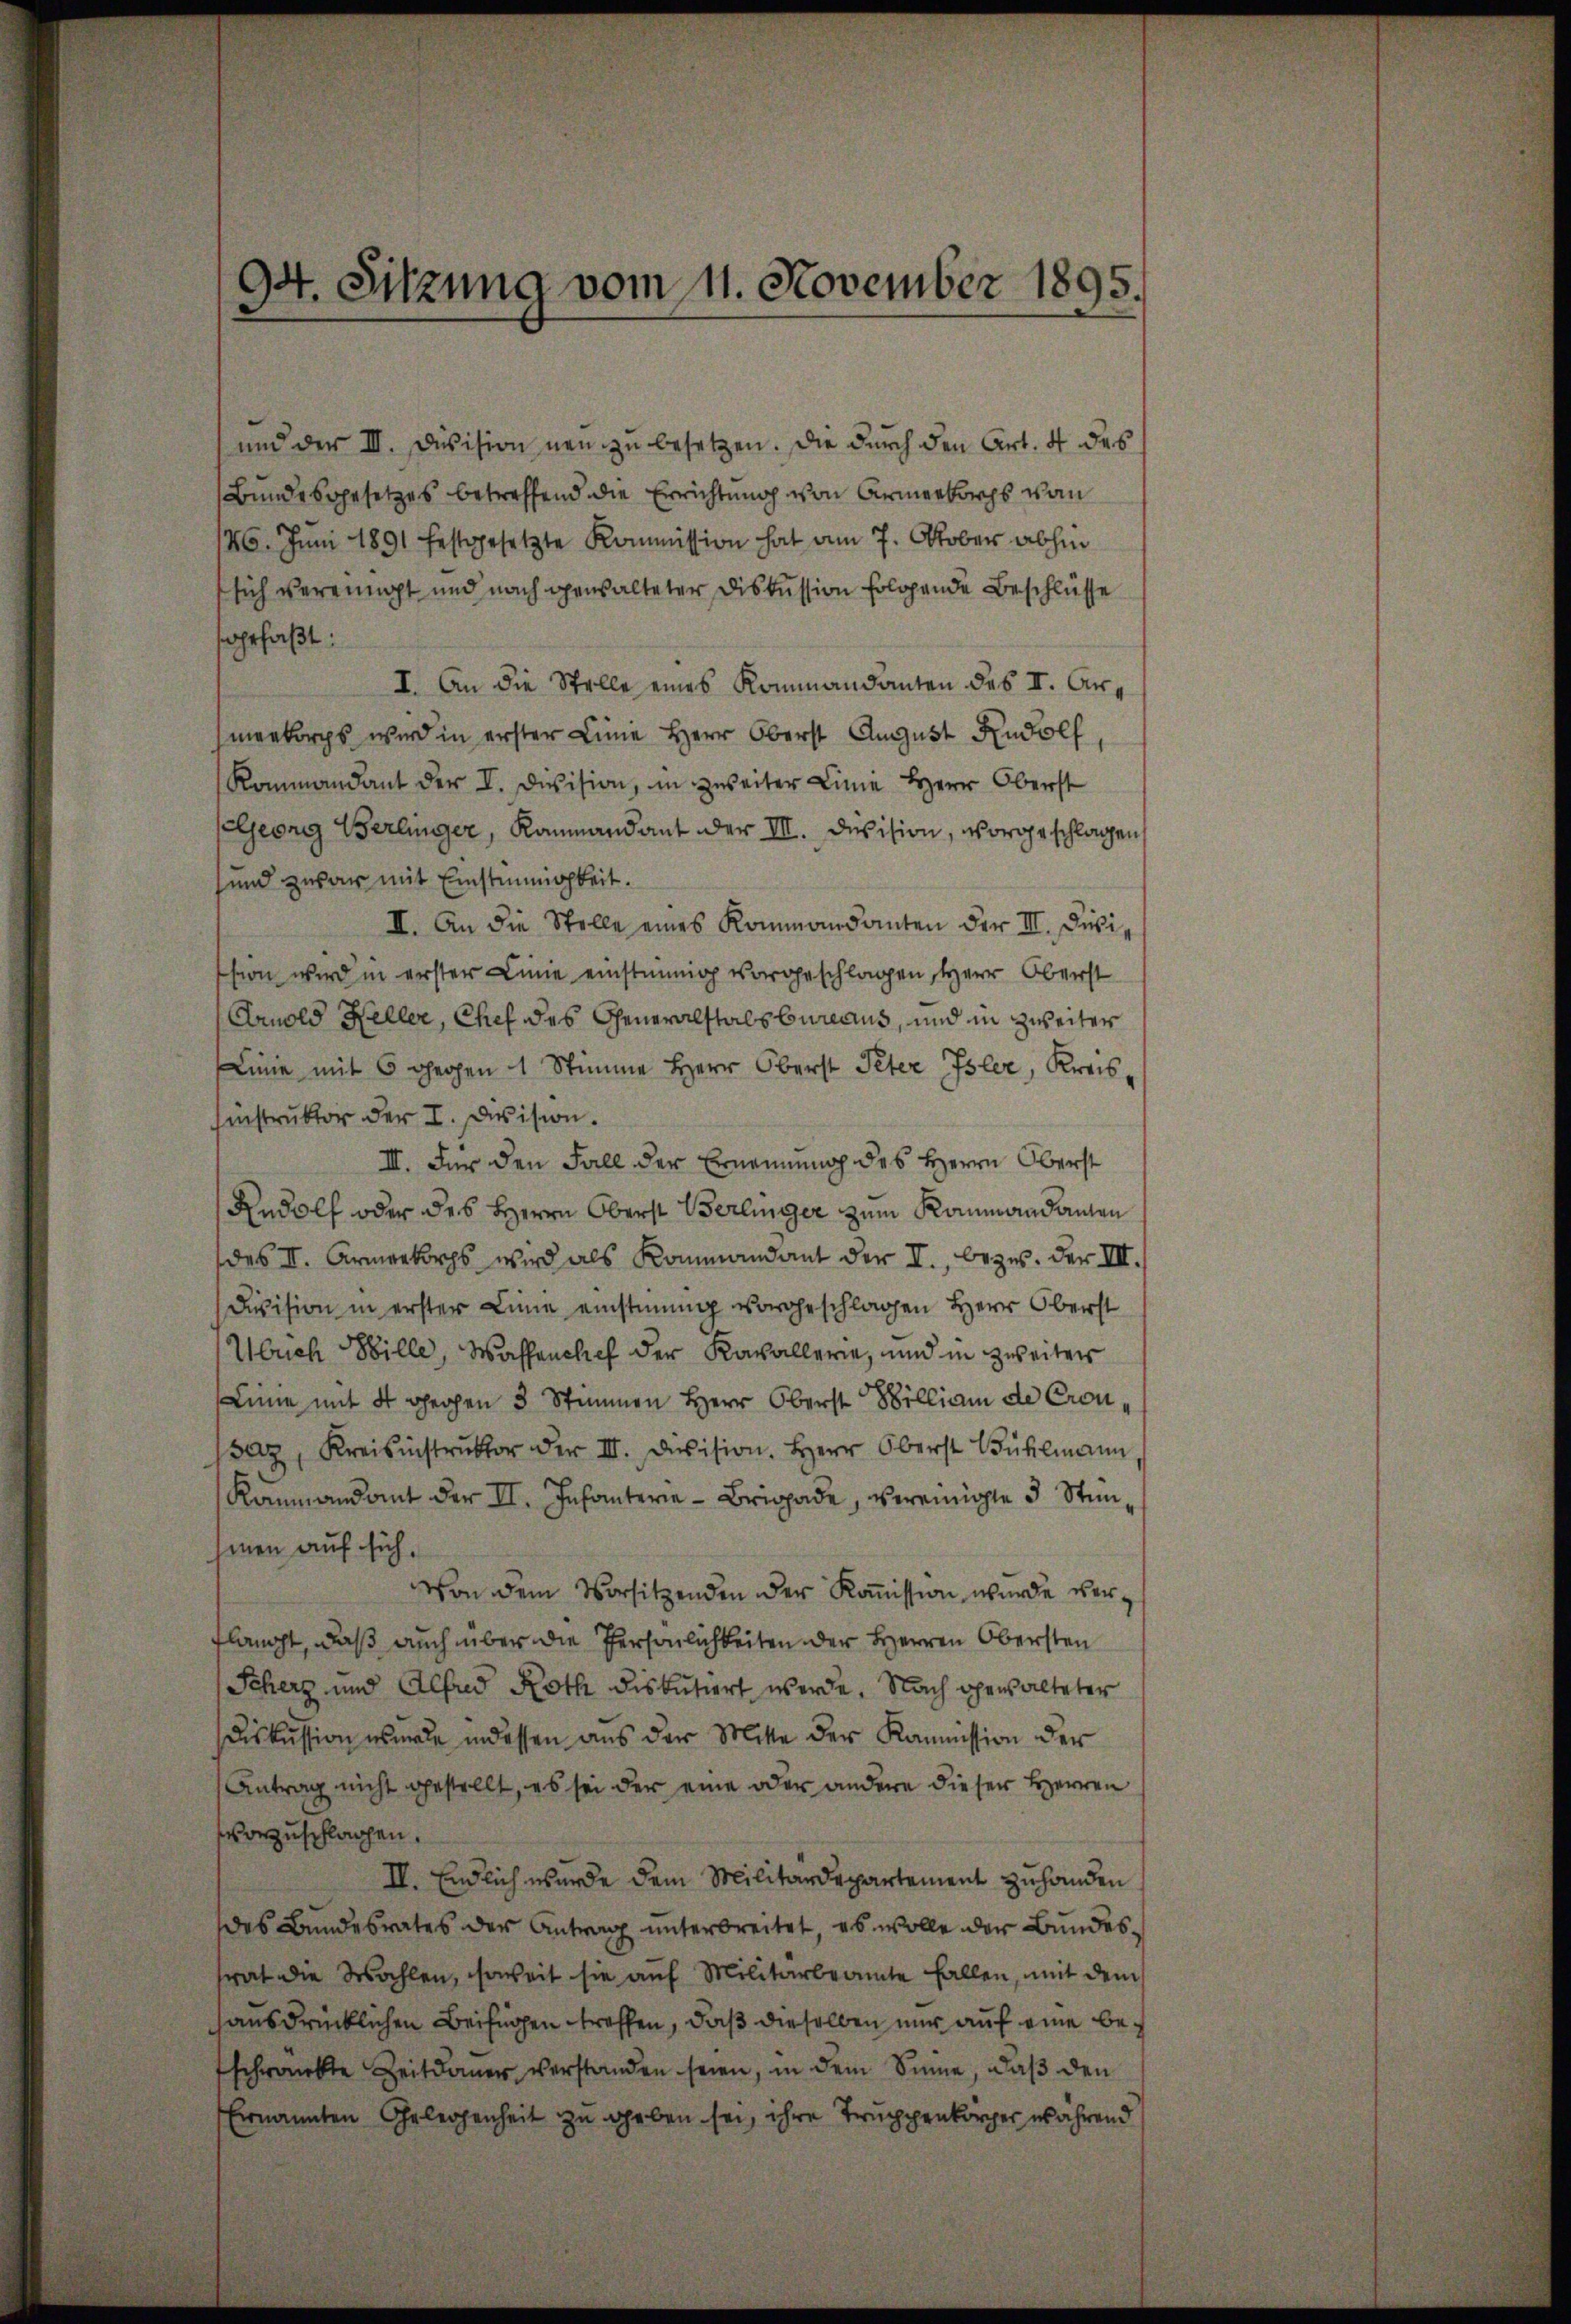
sich vereinigt und nach gewalteter Diskussion folgende Beschlüsse
sgefaßt:
I. An die Stelle eines Kommandanten des II. Armenkorps wird in erster Linie Herr Oberst August Rudolf
Kommandant der I. Division, in zweiter Linie Herr Oberst
Georg Berlinger, Raumandant der III. Division, vorgeschlagen
sund zwar mit Einstimmigkeit.
II. An die Stelle eines Kommandanten der III. Divission wird in erster Linie einstimmig vorgeschlagen, Herr Oberst
Arnold Heller, Chef des Generalstals Cureaus, und in zweiter
Linie mit 6 gegen 1 Stimme Herr Oberst Peter Isler, Kreis¬
Einstruktor der I. Desision.
III. Für den Fall der Ernennung des Herrn Oberst
Rudolf oder des Herrn Oberst Berlinger zum Rammandanten
des II. Armeekorps wird als Kommandant der I., bezw. der III.
Division in erster Linie einstimmig vorgeschlagen Herr Oberst
Ubuch Wille, Waffenchef der Kavallerie, und in zweiter
Linie mit 4 gegen 3 Stimmen Herr Oberst Billiam de Cronsaz, Kreisinstrŭktor der III. Devision. Herr Oberst Bühlmann
Kanmandant der II. Infanterie-Brigade, vereinigte 5 Stimhinen auf sich,
Von dem Vorsitzenden der Kom̅ission, wurde verflangt, daß auch über die Persönlichkeiten der Herren Obersten
Scherz und Alfred Roth diskutiert werde. Nach gewalteter
Diskussion wurde indessen aus der Mitte der Kommission der
Antrag nicht gestellt, es sei der eine oder andere dieser Herren
vorzuschlagen.
IV. Endlich wurde dem Militärdepartement zu handen
des Bundesrates der Antrag unterbreitet, es wolle der Bundessrat die Wahlen, soweit sie auf Militärbeamte fallen, mit dem
ausdrücklichen Beifügen treffen, daß dieselben nur auf eine beschränkte Zeitdauer verstanden seien, in dem Sinne, daß den
Ernannten Gelegenheit zu geben sei, ihre Truppenkörper während

94. Sitzung vom 11. November 1895.

und der III. Division neu zu besetzen. Die durch den Art. 4 des
Bundesgesetzes betreffend die Errichtung von Armeekorps von
26. Juni 1891 festgesetzte Kommission hat am 7. Oktober abhin